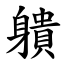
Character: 䠿